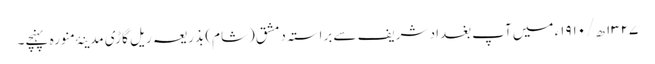
۱۳۲۷ ھ/۱۹۱۰ء میں آپ بغداد شریف سے براستہ دمشق (شام) بذریعہ ریل گاڑی مدینۂ منورہ پہنچے۔